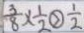
\frac { 3 } { 8 } \times \frac { 1 } { 2 } \textcircled { > } \frac { 1 } { 2 }